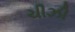
ચીઝી